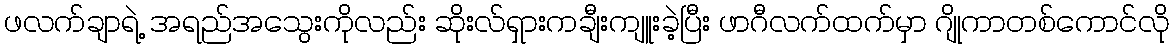
ဖလက်ချာရဲ့ အရည်အသွေးကိုလည်း ဆိုးလ်ရှားကချီးကျူးခဲ့ပြီး ဖာဂီလက်ထက်မှာ ဂျိုကာတစ်ကောင်လို